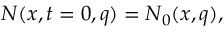
N ( x , t = 0 , q ) = N _ { 0 } ( x , q ) ,